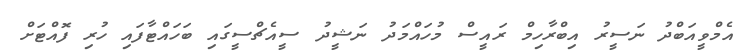
އެމްވީއަބްދު ނަސީރު އިބްރާހިމް ރައީސް މުހައްމަދު ނަޝީދު ސީއެޗްސީގައި ބަހައްޓާފައި ހުރި ފޮއްޓަށް